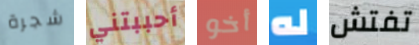
شجرة أحببتني أخو له تفتش